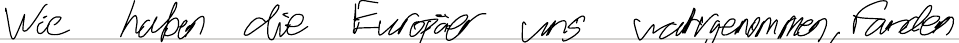
Wie haben die Europäer uns wahrgenommen, fanden